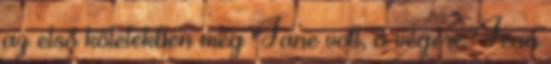
az első kötetekben még Jane volt, a végére Jean